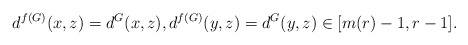
\begin{align*}d^{f(G)}(x,z)=d^G(x,z), d^{f(G)}(y,z)=d^G(y,z) \in [m(r)-1,r-1].\end{align*}